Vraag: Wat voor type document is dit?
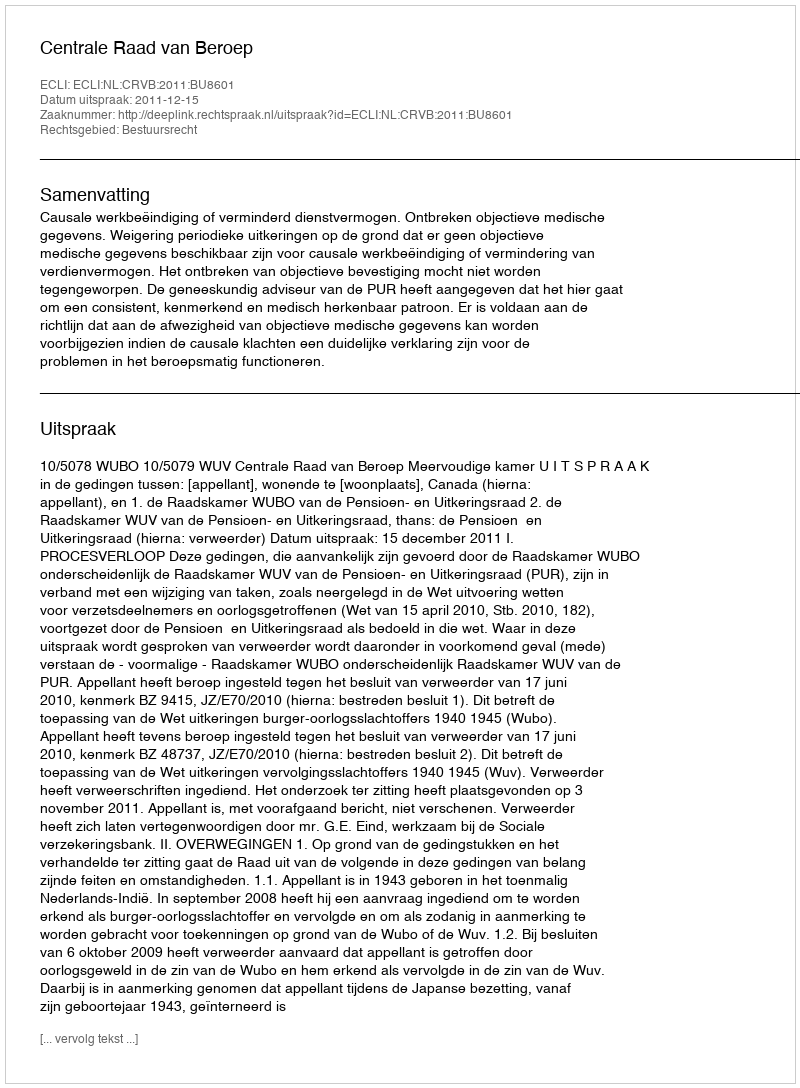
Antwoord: Uitspraak